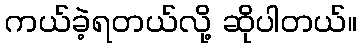
ကယ်ခဲ့ရတယ်လို့ ဆိုပါတယ်။